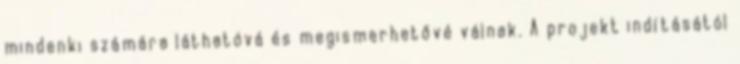
mindenki számára láthatóvá és megismerhetővé válnak. A projekt indításától